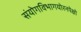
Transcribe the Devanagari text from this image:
संयोगविभागयोरनपेक्षो